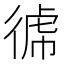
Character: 𭛺